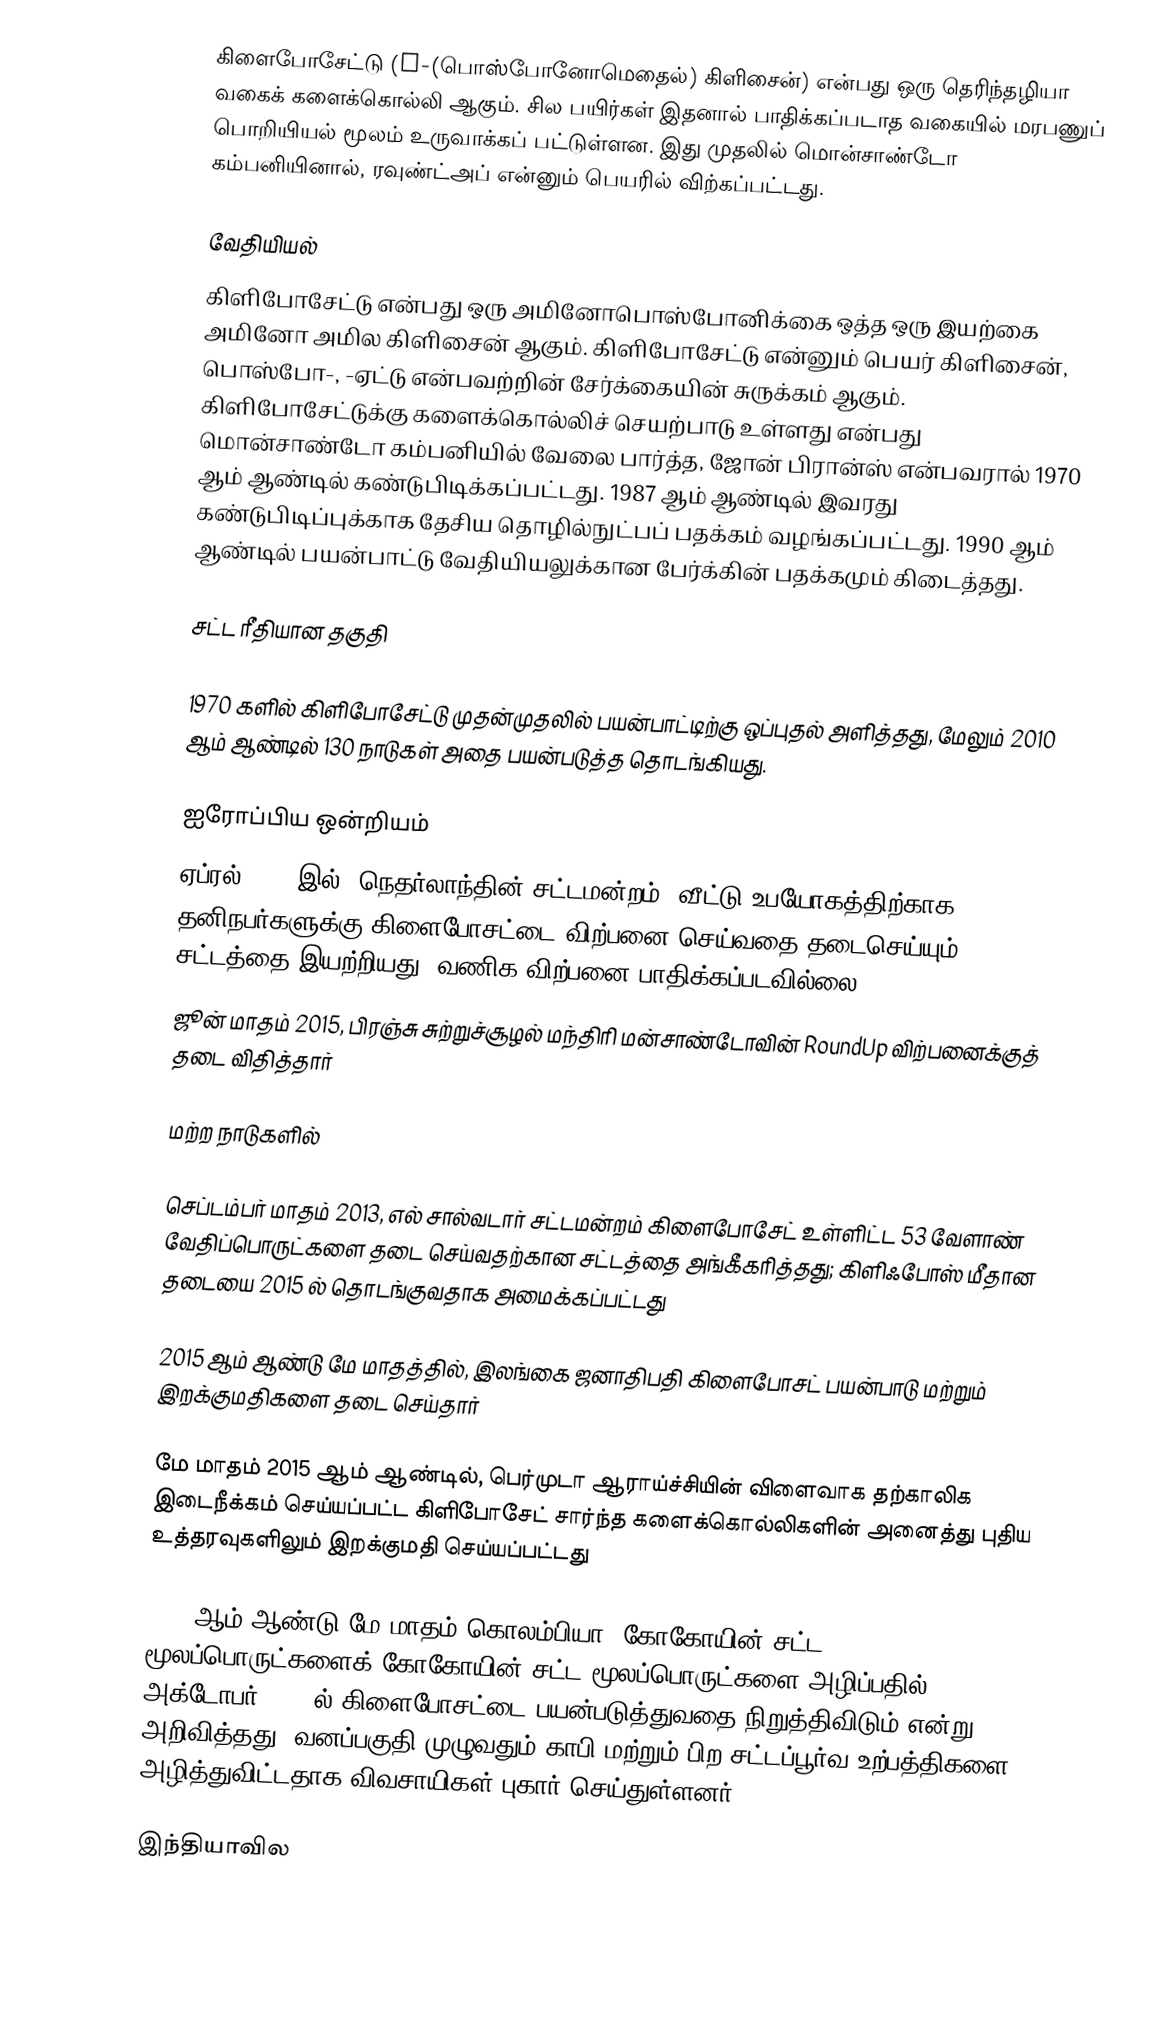
கிளைபோசேட்டு (N-(பொஸ்போனோமெதைல்) கிளிசைன்) என்பது ஒரு தெரிந்தழியா வகைக் களைக்கொல்லி ஆகும். சில பயிர்கள் இதனால் பாதிக்கப்படாத வகையில் மரபணுப் பொறியியல் மூலம் உருவாக்கப் பட்டுள்ளன. இது முதலில் மொன்சாண்டோ கம்பனியினால், ரவுண்ட்அப் என்னும் பெயரில் விற்கப்பட்டது.

வேதியியல்
கிளிபோசேட்டு என்பது ஒரு அமினோபொஸ்போனிக்கை ஒத்த ஒரு இயற்கை அமினோ அமில கிளிசைன் ஆகும். கிளிபோசேட்டு என்னும் பெயர் கிளிசைன், பொஸ்போ-, -ஏட்டு என்பவற்றின் சேர்க்கையின் சுருக்கம் ஆகும். கிளிபோசேட்டுக்கு களைக்கொல்லிச் செயற்பாடு உள்ளது என்பது மொன்சாண்டோ கம்பனியில் வேலை பார்த்த, ஜோன் பிரான்ஸ் என்பவரால் 1970 ஆம் ஆண்டில் கண்டுபிடிக்கப்பட்டது. 1987 ஆம் ஆண்டில் இவரது கண்டுபிடிப்புக்காக தேசிய தொழில்நுட்பப் பதக்கம் வழங்கப்பட்டது. 1990 ஆம் ஆண்டில் பயன்பாட்டு வேதியியலுக்கான பேர்க்கின் பதக்கமும் கிடைத்தது.

சட்ட ரீதியான தகுதி

1970 களில் கிளிபோசேட்டு முதன்முதலில் பயன்பாட்டிற்கு ஒப்புதல் அளித்தது, மேலும் 2010 ஆம் ஆண்டில் 130 நாடுகள் அதை பயன்படுத்த தொடங்கியது.

ஐரோப்பிய ஒன்றியம்
ஏப்ரல் 2014 இல், நெதர்லாந்தின் சட்டமன்றம், வீட்டு உபயோகத்திற்காக தனிநபர்களுக்கு கிளைபோசட்டை விற்பனை செய்வதை தடைசெய்யும் சட்டத்தை இயற்றியது; வணிக விற்பனை பாதிக்கப்படவில்லை.
ஜூன் மாதம் 2015, பிரஞ்சு சுற்றுச்சூழல் மந்திரி மன்சாண்டோவின் RoundUp விற்பனைக்குத் தடை விதித்தார்

மற்ற நாடுகளில்

செப்டம்பர் மாதம் 2013, எல் சால்வடார் சட்டமன்றம் கிளைபோசேட் உள்ளிட்ட 53 வேளாண் வேதிப்பொருட்களை தடை செய்வதற்கான சட்டத்தை அங்கீகரித்தது; கிளிஃபோஸ் மீதான தடையை 2015 ல் தொடங்குவதாக அமைக்கப்பட்டது

2015 ஆம் ஆண்டு மே மாதத்தில், இலங்கை ஜனாதிபதி கிளைபோசட் பயன்பாடு மற்றும் இறக்குமதிகளை தடை செய்தார்

மே மாதம் 2015 ஆம் ஆண்டில், பெர்முடா ஆராய்ச்சியின் விளைவாக தற்காலிக இடைநீக்கம் செய்யப்பட்ட கிளிபோசேட் சார்ந்த களைக்கொல்லிகளின் அனைத்து புதிய உத்தரவுகளிலும் இறக்குமதி செய்யப்பட்டது

2015 ஆம் ஆண்டு மே மாதம் கொலம்பியா, கோகோயின் சட்ட மூலப்பொருட்களைக் கோகோயின் சட்ட மூலப்பொருட்களை அழிப்பதில் அக்டோபர் 2015 ல் கிளைபோசட்டை பயன்படுத்துவதை நிறுத்திவிடும் என்று அறிவித்தது. வனப்பகுதி முழுவதும் காபி மற்றும் பிற சட்டப்பூர்வ உற்பத்திகளை அழித்துவிட்டதாக விவசாயிகள் புகார் செய்துள்ளனர்.

இந்தியாவில